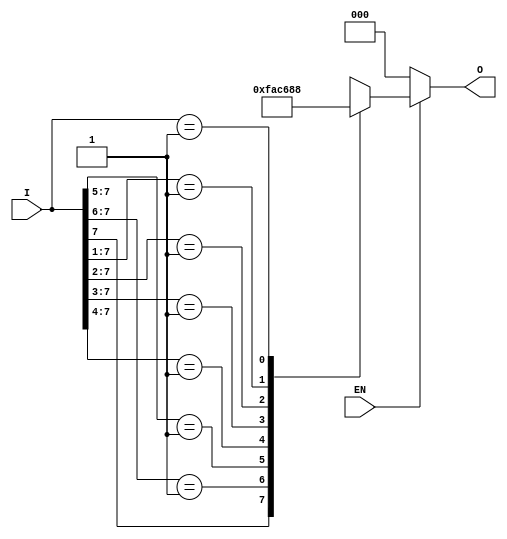
module multilevel_encoder (
    input wire [7:0] I,   // 8 input lines (I0 to I7)
    input wire EN,        // Enable signal
    output reg [2:0] O    // 3 output lines (O0 to O2)
);

    always @(*) begin
        if (!EN) begin
            O = 3'b000; // If EN is low, output is zero
        end else begin
            casez (I) // Using casez to handle don't care conditions
                8'b1???????: O = 3'b111; // I7 is active
                8'b01??????: O = 3'b110; // I6 is active
                8'b001?????: O = 3'b101; // I5 is active
                8'b0001????: O = 3'b100; // I4 is active
                8'b00001???: O = 3'b011; // I3 is active
                8'b000001??: O = 3'b010; // I2 is active
                8'b0000001?: O = 3'b001; // I1 is active
                8'b00000001: O = 3'b000; // I0 is active
                default: O = 3'bxxx; // Undefined state
            endcase
        end
    end

endmodule